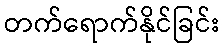
တက်ရောက်နိုင်ခြင်း